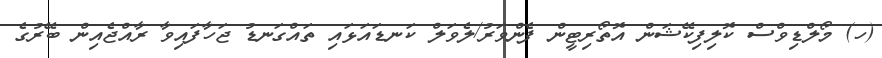
(ހ) މޯލްޑިވްސް ކޮލިފިކޭޝަން އޮތޯރިޓީން ފެންވަރު/ލެވަލް ކަނޑައަޅައި ތައްގަނޑު ޖަހާފައިވާ ރާއްޖެއިން ބޭރުގެ